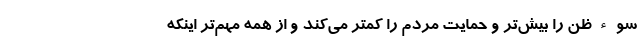
سوءظن را بیش‌تر و حمایت مردم را کمتر می‌کند و از همه مهم‌تر اینکه